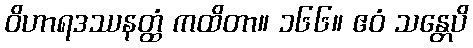
ဝိဟာရဒဿနတ္ထံ ကထိတာ။ ၁၆၆။ ဧဝံ သန္တေပိ